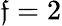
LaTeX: \mathfrak{f}=2